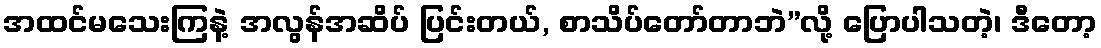
အထင်မသေးကြနဲ့ အလွန်အဆိပ် ပြင်းတယ်, စာသိပ်တော်တာဘဲ”လို့ ပြောပါသတဲ့၊ ဒီတော့